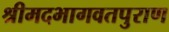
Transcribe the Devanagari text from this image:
श्रीमदभागवतपुराण